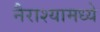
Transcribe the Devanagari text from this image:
नैराश्यामध्ये